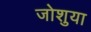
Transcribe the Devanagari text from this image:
जोशुया